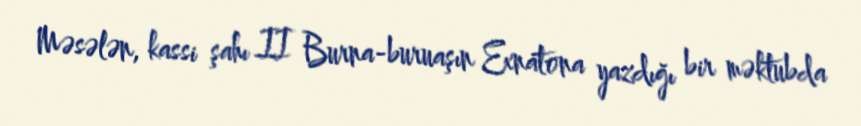
Məsələn, kassi şahı II Burna-buruaşın Exnatona yazdığı bir məktubda